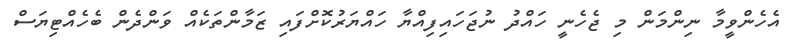
އެހެންވީމާ ނިންމަން މި ޖެހެނީ ހައްދު ނުޖަހައިފިއްޔާ ހައްޔަރުކޮށްފައި ޒަމާންތަކެއް ވަންދެން ބެހެއްޓިޔަސް